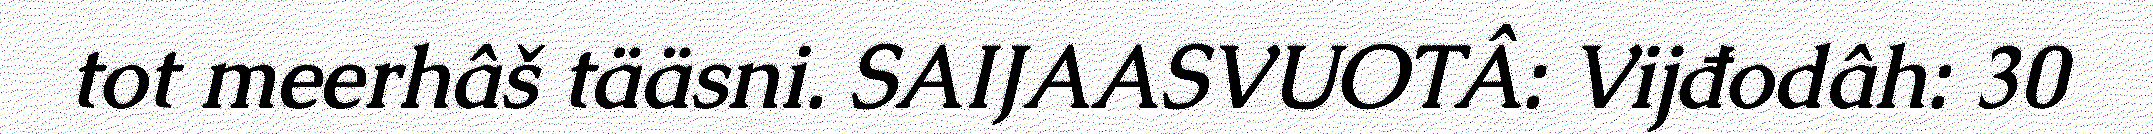
tot meerhâš tääsni. SAIJAASVUOTÂ: Vijđodâh: 30